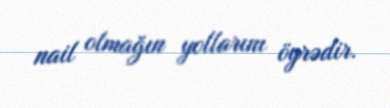
nail olmağın yollarını öyrədir.